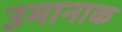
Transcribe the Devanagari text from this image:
उमानाक